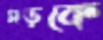
সড়কে